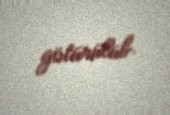
götürülüb.